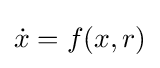
{\dot {x}}=f(x,r)